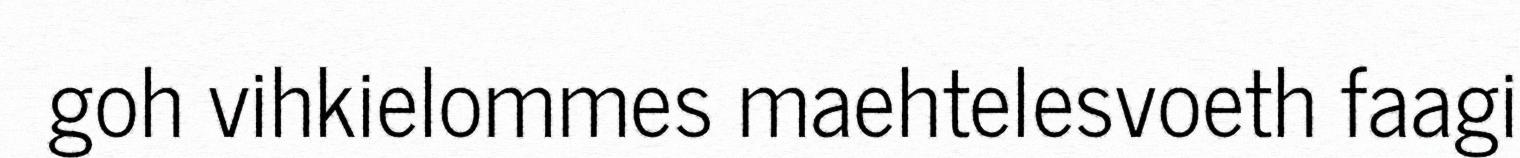
goh vihkielommes maehtelesvoeth faagi